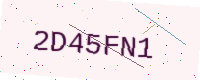
Text: 2D45FN1